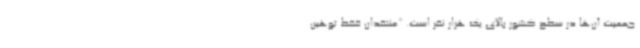
جمعیت آن‌ها در سطح کشور بالای یک هزار نفر است. *منتقدان فقط توهین